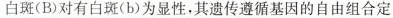
白斑(B)对有白斑(b)为显性，其遗传遵循基因的自由组合定